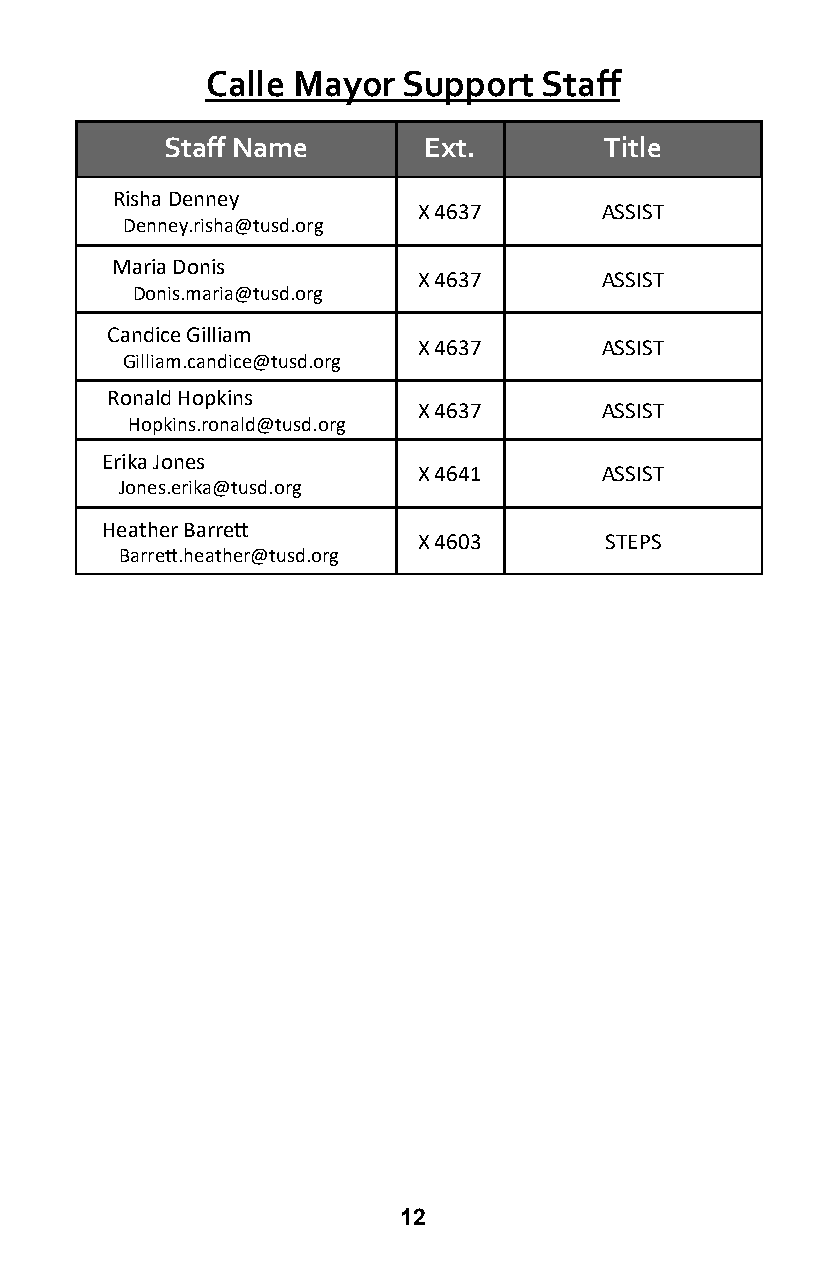
Calle Mayor  Support  Staff
 Staff Name       Ext.        Title
 Risha Denney
 X 4637      ASSIST
 Denney.risha@tusd.org
 Maria Donis
 X 4637      ASSIST
 Donis.maria@tusd.org
 Candice Gilliam
 X 4637      ASSIST
 Gilliam.candice@tusd.org
 Ronald Hopkins
 X 4637      ASSIST
 Hopkins.ronald@tusd.org
 Erika Jones
 X 4641      ASSIST
 Jones.erika@tusd.org
 Heather Barrett
 X 4603      STEPS
 Barrett.heather@tusd.org
 12